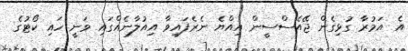
އެ އަމުރާ ގުޅިގެން ޖޭއެސްސީން އިއްޔެ ނެރެފައިވާ އިއުލާނެއްގައި ވަނީ ހައި ކޯޓުގެ